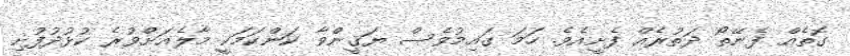
ގޮތެއް ފެނޭތޯ ދަތުރެއް ފެށީއެވެ. ހަމަ ގައިމުވެސް ޔަޤީންވާ ކަންކަމަކީ މާލެއަށްވުރެ ކުޅުދުފުށި